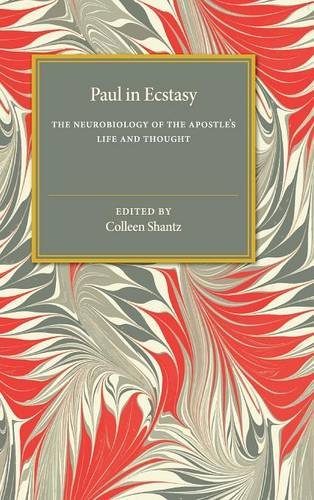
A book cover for Paul in Ecstasy: The Neurobiology of the Apostle's Life and Thought; Colleen Shantz; Religion & Spirituality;